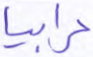
رابيا